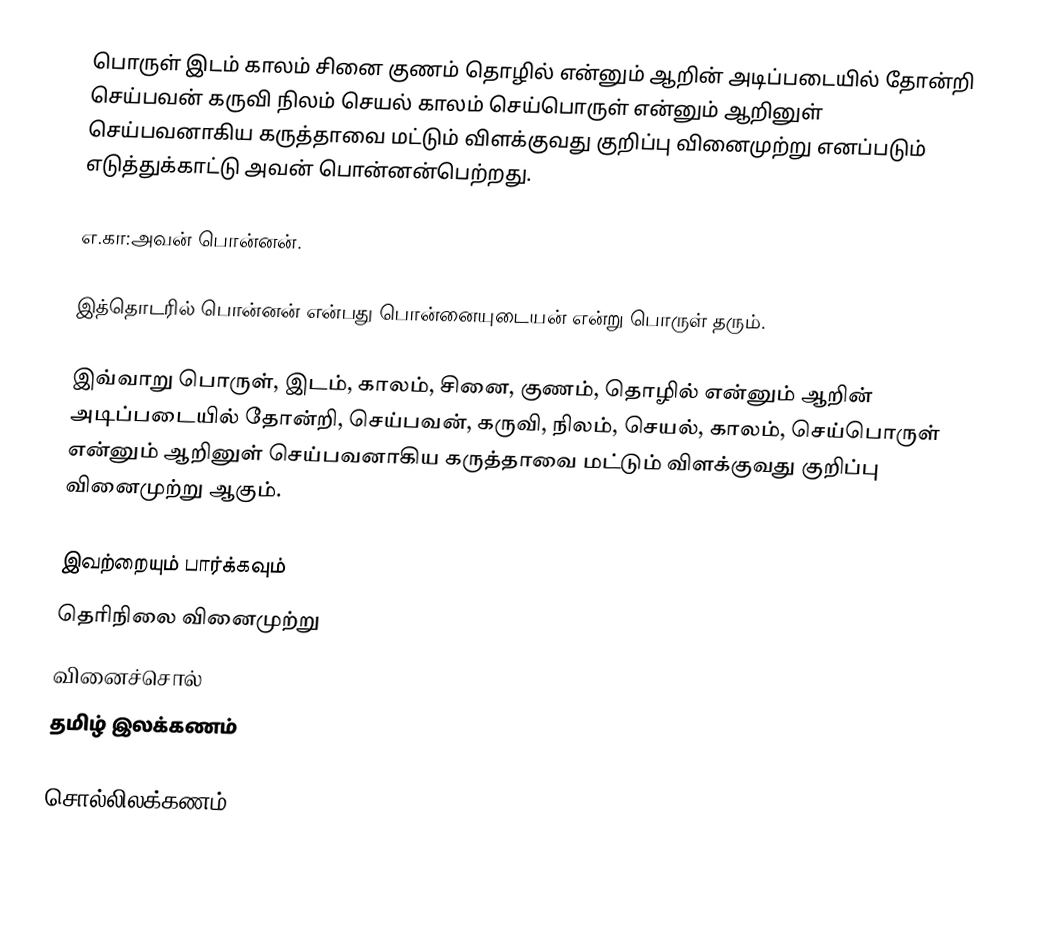
பொருள் இடம் காலம் சினை குணம் தொழில் என்னும் ஆறின் அடிப்படையில் தோன்றி செய்பவன் கருவி நிலம் செயல் காலம் செய்பொருள் என்னும் ஆறினுள் செய்பவனாகிய கருத்தாவை மட்டும் விளக்குவது குறிப்பு வினைமுற்று எனப்படும் எடுத்துக்காட்டு அவன் பொன்னன்பெற்றது.

எ.கா:அவன் பொன்னன்.

இத்தொடரில் பொன்னன் என்பது பொன்னையுடையன் என்று பொருள் தரும்.

இவ்வாறு பொருள், இடம், காலம், சினை, குணம், தொழில் என்னும் ஆறின் அடிப்படையில் தோன்றி, செய்பவன், கருவி, நிலம், செயல், காலம், செய்பொருள் என்னும் ஆறினுள் செய்பவனாகிய கருத்தாவை மட்டும் விளக்குவது குறிப்பு வினைமுற்று ஆகும்.

இவற்றையும் பார்க்கவும்
 தெரிநிலை வினைமுற்று
 வினைச்சொல்
 தமிழ் இலக்கணம்

சொல்லிலக்கணம்